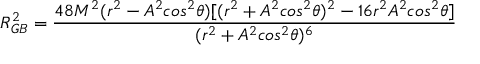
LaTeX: { \cal { R } } _ { G B } ^ { 2 } = { \frac { 4 8 M ^ { 2 } ( r ^ { 2 } - A ^ { 2 } { c o s } ^ { 2 } \theta ) [ ( r ^ { 2 } + A ^ { 2 } { c o s } ^ { 2 } \theta ) ^ { 2 } - 1 6 r ^ { 2 } A ^ { 2 } { c o s } ^ { 2 } \theta ] } { ( r ^ { 2 } + A ^ { 2 } { c o s } ^ { 2 } \theta ) ^ { 6 } } } \,